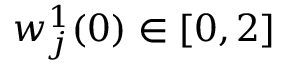
w _ { j } ^ { 1 } ( 0 ) \in [ 0 , 2 ]